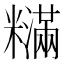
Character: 𬖽